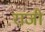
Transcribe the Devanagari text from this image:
रांजी